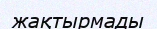
жақтырмады